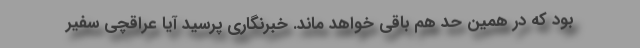
بود که در همین حد هم باقی خواهد ماند. خبرنگاری پرسید آیا عراقچی سفیر